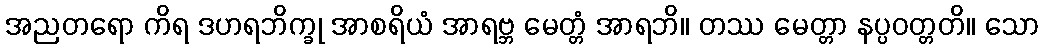
အညတရော ကိရ ဒဟရဘိက္ခု အာစရိယံ အာရဗ္ဘ မေတ္တံ အာရဘိ။ တဿ မေတ္တာ နပ္ပဝတ္တတိ။ သော